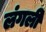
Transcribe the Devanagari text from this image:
लंगली